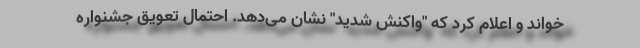
خواند و اعلام کرد که "واکنش شدید" نشان می‌دهد. احتمال تعویق جشنواره